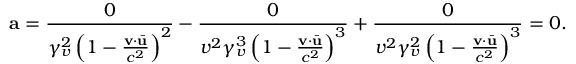
\mathbf { a } = \frac { 0 } { \gamma _ { v } ^ { 2 } \left( 1 - \frac { \mathbf { v } \cdot \bar { \mathbf { u } } } { c ^ { 2 } } \right) ^ { 2 } } - \frac { 0 } { v ^ { 2 } \gamma _ { v } ^ { 3 } \left( 1 - \frac { \mathbf { v } \cdot \bar { \mathbf { u } } } { c ^ { 2 } } \right) ^ { 3 } } + \frac { 0 } { v ^ { 2 } \gamma _ { v } ^ { 2 } \left( 1 - \frac { \mathbf { v } \cdot \bar { \mathbf { u } } } { c ^ { 2 } } \right) ^ { 3 } } = 0 .